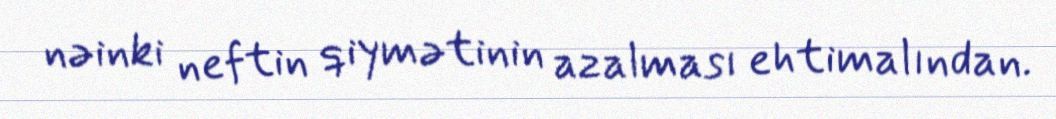
nəinki neftin qiymətinin azalması ehtimalından.